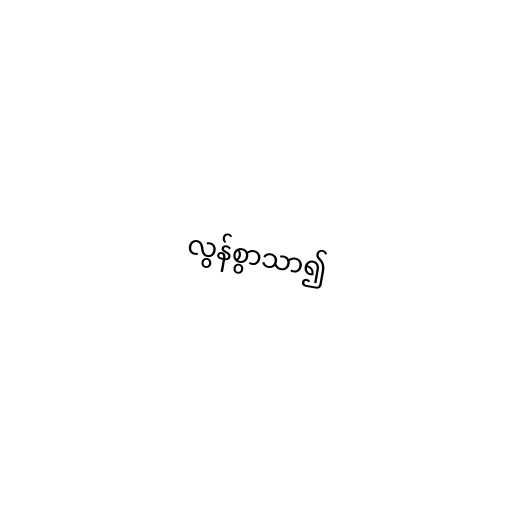
လွန်စွာသာ၍